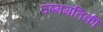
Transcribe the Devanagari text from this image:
उष्मगतिकी